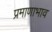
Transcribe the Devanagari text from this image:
प्रमाणाभाव